Calcutta medical institutions reports 1879-81 [i.e.91]
Year: 1879
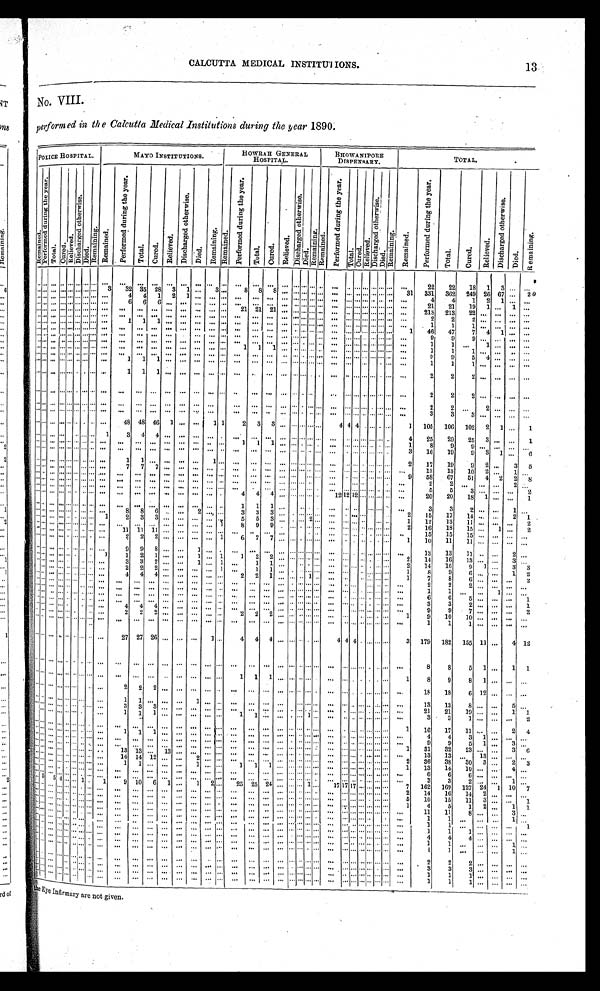
13
CALCUTTA MEDICAL INSTITUTIONS.
No. VIII.
performed in the Calcutta Medical Institutions during the year 1890.
POLICE HOSPITAL.
MAYO INSTITUTIONS.
HOWRAH GENERAL
HOSPITAL.
BHOWANIPORE
DISPENSARY.
TOTAL.
R e m a i n e d .
P e r f o r m e d d u r i n g t h e y e a r .
T o t a l . C u r e d .
R e l i e v e d .
D i s c h a r g e d o t h e r w i s e .
D i e d .
R e ma i n i n g . R e m a i n e d .
P e r f o r m e d d u r i n g t h e y e a r .
T o t a l .
C u r e d .
R e l i e v e d .
D i s c h a r g e d o t h e r w i s e .
D i e d .
Re ma i n i n g . R e ma i n e d .
P e r f o r m e d d u r i n g t h e y e a r .
T o t a l .
C u r e d .
R e l i e v e d .
D i s c h a r g e d o t h e r w i s e .
D i e d . R e m a i n i n g .
R e ma i n e d .
P e r f o r m e d d u r i n g t h e y e a r .
T o t a l .
C u r e d .
R e l i e v e d .
D i s c h a r g e d o t h e r w i s e .
D i e d .
R e m a i n i n g . Re ma i ne d.
P e r f o r m e d d u r i n g t h e y e a r .
T o t a l .
C u r e d .
R e l i e v e d .
D i s c h a r g e d o t h e r w i s e .
D i e d .
. . . . . . . . .
. . . . . . . . . . . .
. . . . . . . . .
. . .
. . .
. . . . . . . . .
. . . . . .
. . .
. . . . . . . . . . . . . . . . . .
. . . . . .
. . . . . . . . . . . . . . . . . . . . .
2 2
2 2
1 8
1
3
. . . . . .
. . . . . . . . .
. . . . . . . . . . . .
. . . 3
3 2
3 5
2 8
3 1
. . . 3 . . .
8
8
8 . . . . . . . . . . . .
. . .
. . . . . . . . . . . . . . . . . . . . .
3 1
3 3 1
3 6 2
2 4 9
2 6
6 7 . . . 20
. . . . . . . . .
. . . . . . . . . . . .
. . . . . .
4
4
1
2 1
. . . . . .. . .
. . .
. . .
. . .
. . . . . . . . . . . .
. . .
. . . . . . . . . . . . . . . . . . . . .
. . . 4
4
1
2 1
. . .
. . .
. . . . . . . . .
. . . . . . . . . . . .
. . . . . .
6
6
6
. . .
. . .
. . . . . .. . .
. . .
. . .
. . .
. . . . . . . . . . . .
. . .
. . . . . . . . . . . . . . . . . . . . .
. . . 21
2 1
1 9 1
. . .
1 . . .
. . . . . . . . .
. . . . . . . . . . . .
. . . . . .
. . .
. . .
. . .
. . .
. . .
. . . . . .. . .
2 1
2 1
2 1
. . . . . . . . . . . .
. . .
. . . . . . . . . . . . . . . . . . . . .
. . .
2 1 3 2 1 3
2 2 . . .
. . . . . .
. . .
. . . . . . . . .
. . . . . . . . . . . .
. . . . . .
. . .
. . .
. . .
. . .
. . .
. . . . . .. . .
. . .
. . .
. . .
. . . . . . . . . . . .
. . .
. . . . . . . . . . . . . . . . . . . . .
. . .
2 2
2 . . .
. . . . . . . . .
. . . . . . . . . . . . . . . . . . . . .
. . . . . .
1
1
1
. . . . . . . . . . . .. . .
. . .
. . .
. . .
. . . . . . . . . . . .
. . .
. . . . . . . . . . . . . . . . . . . . . . . .
1
1
1
. . .
. . . . . . . . .
. . . . . . . . .
. . . . . . . . . . . .
. . . . . .
. . .
. . .
. . .
. . .
. . .
. . . . . .. . .
. . .
. . .
. . .
. . . . . . . . . . . .
. . .
. . . . . . . . . . . . . . . . . . . . .
1
4 6 4 7
7
4
1 . . .
. . .
. . . . . . . . .
. . . . . . . . . . . .
. . . . . .
. . .
. . .
. . .
. . .
. . .
. . . . . .. . .
. . .
. . .
. . .
. . . . . . . . . . . .
. . .
. . . . . . . . . . . . . . . . . . . . .
. . .
9
9
9
. . . . . .
. . . . . .
. . . . . . . . .
. . . . . . . . . . . .
. . . . . .
. . .
. . .
. . .
. . .
. . .
. . . . . . . . .
. . .
. . .
. . . . . . . . . . . . . . . . . . . . .
. . . . . . . . . . . . . . . . . . . . .
1 1
. . .
1 . . . . . .
. . .
. . . . . . . . .
. . . . . . . . . . . .
. . . . . .
. . .
. . .
. . .
. . .
. . .
. . . . . .. . .
1
1
1 . . . . . . . . . . . .
. . .
. . . . . . . . . . . . . . . . . . . . .
. . .
1
1
1
. . . . . .
. . . . . .
. . . . . . . . .
. . . . . . . . . . . .
. . . . . .
. . .
. . .
. . .
. . .
. . .
. . . . . .. . .
. . .
. . .
. . .
. . . . . . . . . . . .
. . .
. . . . . . . . . . . . . . . . . . . . .
. . .
9 9
5
4 . . . . . .
. . .
. . . . . . . . .
. . . . . . . . . . . .
. . . . . .
1
1
1 . . . . . . . . .
. . .. . .
. . .
. . .
. . .
. . . . . . . . . . . .
. . .
. . . . . . . . . . . . . . . . . . . . .
. . .
1 1
1
. . . . . . . . .
. . .
. . . . . . . . .
. . . . . . . . . . . .
. . . . . .
1
1
1 . . . . . .
. . . . . .. . .
. . .
. . .
. . .
. . . . . . . . . . . . . . .
. . . . . . . . . . . . . . . . . . . . .
. . .
2 2
2
. . . . . . . . .
. . .
. . . . . . . . .
. . . . . . . . . . . .
. . . . . .
. . .
. . .
. . . . . . . . .
. . . . . .. . .
. . .
. . .
. . .
. . . . . . . . . . . .
. . .
. . . . . . . . . . . . . . . . . . . . .
. . .
2
2
2
. . . . . . . . .
. . .
. . . . . . . . .
. . . . . . . . . . . .
. . . . . .
. . .
. . .
. . . . . . . . .
. . . . . .. . .
. . .
. . .
. . .
. . . . . . . . . . . .
. . .
. . . . . . . . . . . . . . . . . . . . .
. . .
2 2
. . .
2 . . . . . .
. . .
. . . . . . . . .
. . . . . . . . . . . .
. . . . . .
. . .
. . .
. . .
. . . . . . . . .
. . . . . .
. . .
. . .
. . .
. . . . . . . . . . . .
. . .
. . . . . . . . . . . . . . . . . . . . .
. . . 3
3
3
. . . . . . . . .
. . .
. . . . . . . . .
. . . . . . . . . . . .
. . . . . .
4 8
4 8
4 6
1 . . .
. . . 1 1
2
3
3 . . . . . . . . . . . .
. . .
4 4 4 . . . . . . . . . . . .
1
1 0 5
1 0 6
1 0 2
2 1
. . .
1
. . . . . . . . .
. . . . . . . . . . . .
. . . 1
3
4
4
. . .
. . .
. . . . . .. . .
. . .
. . .
. . .
. . . . . . . . . . . .
. . .
. . . . . . . . . . . . . . . . . . . . .
4
2 5 2 9
2 5 3 . . . . . .
1
. . . . . . . . .
. . . . . . . . . . . .
. . . . . .
. . .
. . .
. . .
. . .
. . .
. . . . . .. . .
1
1
1 . . . . . . . . . . . .
. . .
. . . . . . . . . . . . . . . . . . . . .
1
8
9
9
. . . . . . . . .
. . .
. . . . . . . . .
. . . . . . . . . . . .
. . . . . .
. . .
. . .
. . .
. . .
. . .
. . . . . .. . .
. . .
. . .
. . .
. . . . . . . . . . . .
. . .
. . . . . . . . . . . . . . . . . . . . .
3
1 6
1 9
9
3 1
. . . 6
. . . . . . . . .
. . . . . . . . . . . .
. . . . . .
1
1
. . .
. . .
. . .
. . . 1 . . .
. . .
. . .
. . .
. . . . . . . . . . . .
. . .
. . . . . . . . . . . . . . . . . . . . .
2
1 7
1 9
9
2 . . .
3 5
. . . . . . . . .
. . . . . . . . . . . .
. . . . . .
7
7
7
. . .
. . .
. . . . . .. . .
. . .
. . .
. . .
. . . . . . . . . . . .
. . .
. . . . . . . . . . . . . . . . . . . . .
. . .
13
1 3
1 0
2 . .
.
1 . . .
. . . . . . . . .
. . . . . . . . . . . .
. . . . . .
. . .
. . .
. . .
. . .
. . .
. . . . . .. . .
. . .
. . .
. . .
. . . . . . . . . . . .
. . .
. . . . . . . . . . . . . . . . . . . . . 9
5 8 6 7
5 1
4 2
2
8
. . . . . . . . .
. . . . . . . . . . . .
. . . . . .
. . .
. . .
. . .
. . .
. . .
. . . . . .. . .
. . .
. . .
. . .
. . . . . . . . . . . .
. . .
. . . . . . . . . . . . . . . . . . . . . . . .
2 2
. . .
. . . . . .
2
. . .
. . .
. . . . . .
. . . . . . . . . . . .
. . . . . .
. . .
. . .
. . .
. . .
. . .
. . . . . .. . .
. . .
. . .
. . .
. . . . . . . . . . . .
. . .
. . . . . . . . . . . . . . . . . . . . . . . .
5
5
3
. . . . . .
. . . 2
. . . . . . . . .
. . . . . . . . . . . .
. . . . . .
. . .
. . .
. . .
. . .
. . .
. . . . . .. . .
4
4
4 . . . . . . . . . . . . . . .
1 2 1 2 1 2 . . . . . . . . . . . .
. . .
2 0 2 0
1 8 1 . . .
. . .
1
. . . . . . . . .
. . . . . . . . . . . .
. . . . . .
. . .
. . .
. . . . . . . . .
. . . . . . . . .
1
1
1 . . . . . . . . . . . .
. . .
. . . . . . . . . . . . . . . . . . . . .
. . .
3
3
2 . . .
. . .
1 . . .
. . . . . . . . .
. . . . . . . . . . . .
. . . . . .
8
8
6
. . . . . .
2 . . . . . .
3
3
3 . . . . . . . . . . . .
. . .
. . . . . . . . . . . . . . . . . . . . .
2
1 5
1 7
1 4 . . .
. . .
2
1
. . . . . . . . . . . . . . . . . . . . . . . . 1
2
3
3
. . . . . . . . . . . . . . .
5
5
3 . . . . . . . . . 2 . . .
. . . . . . . . . . . . . . . . . . . . .
1
12
1 3
1 1 . . .
. . . . . .
2
. . .
. . . . . . . . . . . . . . . . . . . . . . . .
. . . . . .
. . .
. . . . . .
. . . . . . 1
8
9
9 . . . . . . . . . . . .
. . . . . .
. . . . . . . . . . . . . . . . . . 2
16
1 8
1 5 . . .
1
. . . 2
. . .
. . . . . . . . . . . . . . . . . . . . . . . .
1 1
1 1
1 1 . . . . . . . . . . . . . . .
. . .
. . .
. . .
. . . . . . . . . . . .
. . .
. . . . . . . . . . . . . . . . . . . . .
. . .
1 5
1 5
1 5 . . .
. . . . . .
. . .
. . . . . . . . . . . . . . . . . . . . . . . . . . .
2
2
2 . . . . . .
. . . . . . 1
6
7
7 . . . . . . . . . . . .
. . .
. . . . . . . . . . . . . . . . . . . . .
1
1 0
1 1
1 1 . . .
. . .
. . . . . .
. . . . . . . . . . . . . . . . . . . . . . . . . . .
9
9
8 . . . . . .
1 . . . . . .
. . .
. . .
. . .
. . . . . . . . . . . .
. . .
. . . . . . . . . . . . . . . . . . . . .
. . .
1 3
1 3
1 1 . . .
. . .
2 . . .
. . . . . . . . .
. . . . . . . . . . . . . . . 1
1
2
1 . . . . . .
1 . . . 1 1
2
2 . . . . . . . . . . . .. . . . . .
. . . . . . . . . . . . . . . . . .
2
14
1 6
1 3
. . . . . .
3 . . .
. . . . . . . . . . . . . . . . . . . . . . . . . . .
3
3
2 . . . . . . 1 . . . 1 . . .
1
1 . . . . . . . . . . . .
. . . . . .
. . . . . . . . . . . . . . . . . .
2
1 4 1 6
9 1
. . .
3 3
. . . . . .
. . .
. . . . . . . . . . . .
. . . . . .
2
2
2
. . . . . .
. . . . . . 1
. . .
1
1 . . . . . . . . . . . .
. . .
. . . . . . . . . . . . . . . . . . . . .
1
8 9
6 . . .
. . .
1
2
. . . . . . . . .
. . . . . . . . . . . .
. . . . . .
4
4
4 . . . . . .
. . . . . . . . . 2
2 1 . . . . . . . . . 1. . . . . .
. . . . . . . . . . . . . . . . . . 1
7 8
6 . . .
. . .
. . .
2
. . . . . . . . .
. . . . . . . . . . . .
. . . . . .
. . .
. . .
. . . . . . . . .
. . . . . . . . .
. . .
. . .
. . .
. . . . . . . . . . . .
. . .
. . . . . . . . . . . . . . . . . . . . .
. . .
2 2
2 . . .
. . .
. . .
. . .
. . . . . . . . . . . . . . . . . . . . . . . . . . .
. . . . . .
. . .
. . . . . . . . . . . . . . .
. . .
. . .
. . .
. . . . . . . . . . . .
. . .
. . . . . . . . . . . . . . . . . . . . .
. . .
1 1
. . . . . .
1
. . . . . .
. . . . . . . . .
. . . . . . . . . . . .
. . . . . . . . .
. . .
. . .
. . . . . .
. . . . . . . . .
. . .
. . .
. . .
. . . . . . . . . . . .
. . .
. . . . . . . . . . . . . . . . . . . . .
. . .
6 6
5 . . .
. . .
. . .
1
. . . . . . . . . . . . . . . . . . . . . . . .
. . .
. . . . . .
. . .
. . . . . .
. . . . . . . . .
. . .
. . .
. . .
. . . . . . . . . . . .
. . .
. . . . . . . . . . . . . . . . . . . . .
. . .
3 3
2 . . .
. . .
. . .
1
. . . . . . . . . . . . . . . . . . . . . . . . . . .
4 4
4
. . . . . .
. . . . . . . . .
. . .
. . .
. . .
. . . . . . . . . . . .
. . .
. . . . . . . . . . . . . . . . . . . . .
. . .
9 9
7 . . .
. . .
. . . 2
. . . . . . . . .
. . . . . . . . . . . .
. . . . . .
2 2
2
. . . . . .
. . . . . . . . .
2
2
2 . . . . . . . . . . . .
. . .
. . . . . . . . . . . . . . . . . . . . .
1
9 1 0
1 0 . . .
. . . . . .
. . .
. . .
. . . . . .
. . . . . . . . . . . .
. . . . . .
. . .
. . .
. . . . . . . . . . . .
. . . . . .
. . .
. . .
. . .
. . . . . . . . . . . .
. . .
. . . . . . . . . . . . . . . . . . . . .
. . . 1
1
1
. . . . . .
. . . . . .
. . . . . . . . .
. . . . . . . . . . . .
. . . . . .
2 7
2 7
2 6 . . . . . .
. . . 1 . . .
4
4
4 . . . . . . . . . . . .
. . .
4 4 4 . . . . . . . . . . . .
3
1 7 9 1 8 2
1 5 5
1 1 . . .
4 1 2
. . . . . . . . .
. . . . . . . . . . . .
. . . . . .
. . .
. . .
. . . . . . . . .
. . . . . .. . .
. . .
. . .
. . .
. . . . . . . . . . . .
. . . . . .
. . . . . . . . . . . . . . . . . .
. . .
8
8
5
1 . . .
1
1
. . . . . . . . . . . . . . . . . . . . . . . . . . .
. . .
. . .
. . . . . . . . .
. . . . . .. . .
1
1
1 . . . . . . . . . . . .
. . .
. . . . . . . . . . . . . . . . . . . . .
1
8
9
8
1 . . .
. . .
. . .
. . . . . .
. . . . . . . . . . . . . . .
. . . . . .
2
2
2 . . . . . .
. . . . . .. . .
. . .
. . .
. . .
. . . . . . . . . . . .
. . .
. . . . . . . . . . . . . . . . . . . . .
. . .
1 8 1 8
6
1 2 . . .
. . .
. . .
. . .
. . . . . . . . . . . . . . . . . .
. . . . . .
1
1
. . . . . . . . .
1 . . .. . .
. . .
. . .
. . .
. . . . . . . . . . . .
. . .
. . . . . . . . . . . . . . . . . . . . .
. . .
1 3 1 3
8 . . . . . .
5 . . .
. . .
. . . . . . . . . . . . . . . . . .
. . . . . .
3
3
3 . . . . . .
. . . . . .. . .
. . .
. . . . . . . . . . . . . . . . . .
. . . . . .
. . . . . . . . . . . . . . . . . .
. . .
2 1 2 1
1 9 . . . . . .
1
1
. . .
. . . . . .
. . . . . . . . . . . .
. . . . . .
1
1
1 . . . . . .
. . . . . .. . .
1
1
. . .
. . . . . . . . . 1 . . .
. . . . . . . . . . . . . . . . . . . . .
. . .
3 3
1 . . . . . .
. . . 2
. . .
. . . . . .
. . . . . . . . . . . .
. . . . . .
. . .
. . .
. . . . . . . . .
. . . . . .. . .
. . .
. . .
. . .
. . . . . . . . . . . .
. . .
. . . . . . . . . . . . . . . . . . . . .
1
1 6 1 7
1 1 . . . . . .
2
4
. . .
. . . . . .
. . . . . . . . . . . . . . . . . .
1
1
1 . . . . . .
. . . . . .. . .
. . .
. . .
. . .
. . . . . . . . . . . .
. . .
. . . . . . . . . . . . . . . . . . . . .
. . .
4 4
3
1 . . .
. . .
. . .
. . .
. . . . . .
. . . . . . . . . . . . . . . . . .
. . .
. . .
. . . . . . . . .
. . . . . .. . .
. . .
. . .
. . .
. . . . . . . . . . . .
. . .
. . . . . . . . . . . . . . . . . . . . .
. . .
9
9
5 1 . . .
3 . . .
. . .
. . . . . .
. . . . . . . . . . . . . . . . . .
. . .
. . .
. . . . . . . . .
. . . . . .. . .
. . .
. . .
. . .
. . . . . . . . . . . .
. . .
. . . . . . . . . . . . . . . . . . . . .
1
3 1
3 2 2 3
. . . . . .
3 6
. . .
. . . . . .
. . . . . . . . . . . . . . . . . .
1 3
1 3
. . . 1 3 . . .
. . . . . .. . .
. . .
. . .
. . .
. . . . . . . . . . . .
. . .
. . . . . . . . . . . . . . . . . . . . .
. . .
1 3
1 3
. . . 1 3 . . .
. . . . . .
. . .
. . . . . . . . . . . . . . . . . .
. . . . . .
1 4
1 4
1 2 . . . . . .
2 . . .. . .
. . .
. . .
. . .
. . . . . . . . . . . .
. . .
. . . . . . . . . . . . . . . . . . . . .
2
3 6
3 8
3 0 3 . . .
2 3
. . .
. . . . . .
. . . . . . . . . . . .
. . . . . .
1
1
. . . . . . . . .
1 . . .. . .
1
1
1 . . . . . . . . . . . .
. . .
. . . . . . . . . . . . . . . . . . . . .
1
1 3 1 4
1 0 . . . . . .
4
. . .
. . .
. . . . . .
. . . . . . . . . . . .
. . . . . .
. . .
. . .
. . . . . . . . .
. . . . . .. . .
. . .
. . .
. . .
. . . . . . . . . . . .
. . .
. . . . . . . . . . . . . . . . . . . . .
. . .
6 6
6
. . . . . .
. . .
. . .
. . .
. . .
. . . . . . . . . . . . . . .
. . .
. . .
. . .
. . .
. . .
. . . . . .
. . . . . .. . .
. . .
. . .
. . . . . . . . . . . . . . .
. . .
. . . . . . . . .
. . .
. . .
. . . . . .
. . .
3
3
2
. . .
. . . 1 . . .
. . .
5 5 4 . . . . . . 1 . . .
1
9
1 0
6
1
. . .
1 2 . . .
2 5
2 5
2 4 . . . . . . . . . 1 . . .
1 7 1 7 1 7 . . . . . . . . . . . .
7
1 6 2 1 6 9
1 2 7
2 4
1
1 0
7
. . .
. . . . . .
. . . . . . . . . . . .
. . .
. . .
. . .
. . .
. . .
. . .
. . .
. . . . . .. . .
. . .
. . .
. . . . . . . . . . . . . . .
. . .
. . . . . . . . .
. . . . . . . . . . . .
2
1 4
1 6
1 4 2
. . .
. . . . . .
. . .
. . . . . .
. . . . . . . . . . . .
. . .
. . .
. . .
. . .
. . .
. . .
. . .
. . . . . .. . .
. . .
. . .
. . . . . . . . . . . . . . .
. . .
. . . . . . . . . . . . . . . . . . . . .
5
1 0 1 5
1 1 3
. . .
. . . 1
. . .
. . . . . .
. . . . . . . . . . . .
. . .
. . .
. . .
. . .
. . .
. . .
. . .
. . . . . .. . .
. . .
. . .
. . . . . . . . . . . . . . .
. . .
. . . . . . . . . . . . . . . . . . . . .
1
4 5
1 2
. . .
1 1
. . .
. . . . . .
. . . . . . . . . . . .
. . .
. . .
. . .
. . .
. . .
. . .
. . .
. . . . . .. . .
. . .
. . .
. . . . . . . . . . . . . . .
. . .
. . . . . . . . . . . . . . . . . . . . .
. . .
1 1 1 1 8
. . .
. . . 3 . . .
. . .
. . . . . .
. . . . . . . . . . . .
. . .
. . .
. . .
. . .
. . .
. . .
. . .
. . . . . .. . .
. . .
. . .
. . . . . . . . . . . . . . .
. . .
. . . . . . . . . . . . . . . . . . . . .
. . .
1 1
. . .
. . .
. . . 1
. . .
. . .
. . . . . .
. . . . . . . . . . . .
. . .
. . .
. . .
. . .
. . .
. . .
. . .
. . . . . .. . .
. . .
. . .
. . . . . . . . . . . . . . .
. . .
. . . . . . . . . . . . . . . . . . . . .
. . .
1 1
. . .
. . .
. . . . . .
1
. . . . . . . . .
. . . . . . . . . . . .
. . .
. . .
. . .
. . .
. . .
. . .
. . .
. . . . . .. . .
. . .
. . .
. . . . . . . . . . . . . . .
. . .
. . . . . . . . . . . . . . . . . . . . .
. . .
1 1
1
. . .
. . . . . .
. . .
. . .
. . . . . .
. . . . . . . . . . . .
. . .
. . .
. . .
. . .
. . .
. . .
. . .
. . . . . .. . .
. . .
. . .
. . . . . . . . . . . . . . .
. . .
. . . . . . . . . . . . . . . . . . . . .
. . .
4 4
4
. . .
. . . . . .
. . .
. . .
. . . . . .
. . . . . . . . . . . .
. . .
. . .
. . .
. . .
. . .
. . .
. . .
. . . . . .. . .
. . .
. . .
. . . . . . . . . . . . . . .
. . .
. . . . . . . . . . . . . . . . . . . . .
. . . 1
1 . . .
. . .
. . .
1 . . .
. . .
. . . . . .
. . . . . . . . . . . .
. . .
. . .
. . .
. . .
. . .
. . .
. . .
. . . . . .. . .
. . .
. . .
. . . . . . . . . . . . . . .
. . .
. . . . . . . . . . . . . . . . . . . . .
. . .
1
1
. . . . . .
. . . 1
. . .
. . . . . .
. . .
. . . . . . . . . . . .
. . .
. . .
. . .
. . .
. . .
. . .
. . .
. . . . . .. . .
. . .
. . .
. . . . . . . . . . . . . . .
. . .
. . . . . . . . . . . . . . . . . . . . .
. . .
2
2
2
. . .
. . . . . .
. . .
. . .
. . . . . .
. . . . . . . . . . . .
. . .
. . .
. . .
. . .
. . .
. . .
. . .
. . . . . . . . .
. . .
. . .
. . . . . . . . . . . . . . .
. . .
. . . . . . . . . . . . . . . . . . . . .
. . .
3
3
3
. . .
. . . . . . . . .
. . .
. . .
. . .
. . .
. . .
. . .
. . .
. . .
. . .
. . .
. . .
. . .
. . .
. . .
. . .
. . .
. . .
. . .
. . .
. . .
. . .
. . .
. . .
. . .
. . .
. . .
. . .
. . .
. . .
. . . . . .
. . . . . .
. . .
. . .
. . .
. . .
. . .
. . .
. . . . . .
. . . . . .
. . .
. . .
. . . . . .
. . . . . . .
. . .
. . .
. . . . . .
. . .
. . .
. . . . . .
. . . . . .
. . . . . .
. . .
. . .
. . . . . .
. . .
1 1
1 1
1
1
. . .
. . .
. . .
. . .
. . .
. . .
. . .
. . .
the Eye Infirmary are not given.